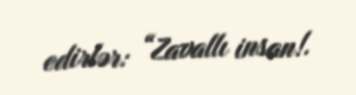
edirlər: “Zavallı insan!.